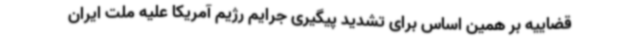
قضاییه بر همین اساس برای تشدید پیگیری جرایم رژیم آمریکا علیه ملت ایران